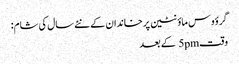
گرؤوس ماؤنٹین پر خاندان کے نئے سال کی شام:
وقت5pm کے بعد